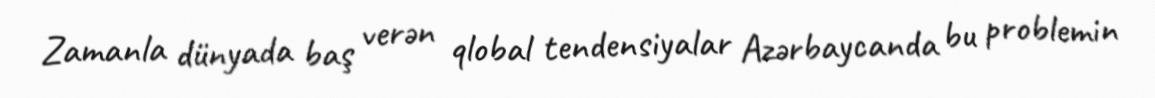
Zamanla dünyada baş verən qlobal tendensiyalar Azərbaycanda bu problemin